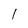
Character: l